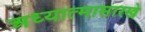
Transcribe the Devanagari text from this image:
अध्यात्मासारखे